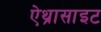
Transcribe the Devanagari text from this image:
ऐथ्रासाइट